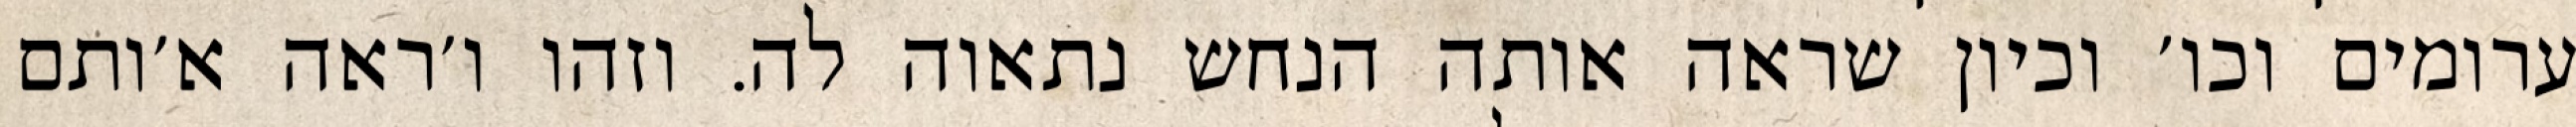
ערומים וכו׳ וכיון שראה אותה הנחש נתאוה לה. וזהו ו׳ראה א׳ותם